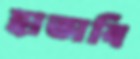
হাতাবি